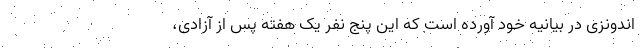
اندونزی در بیانیه خود آورده است که این پنج نفر یک هفته پس از آزادی،